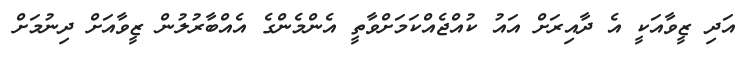
އަދި ޒީވާއަކީ އެ ދާއިރަށް އައު ކުއްޖެއްކަމަށްވާތީ އެންމެންގެ އެއްބާރުލުން ޒީވާއަށް ދިނުމަށް